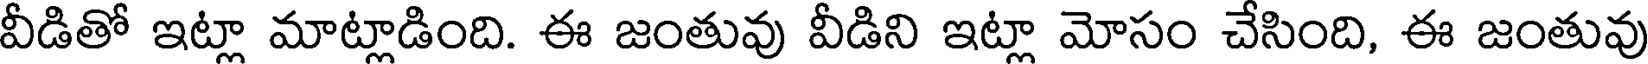
వీడితో ఇట్లా మాట్లాడింది. ఈ జంతువు వీడిని ఇట్లా మోసం చేసింది, ఈ జంతువు